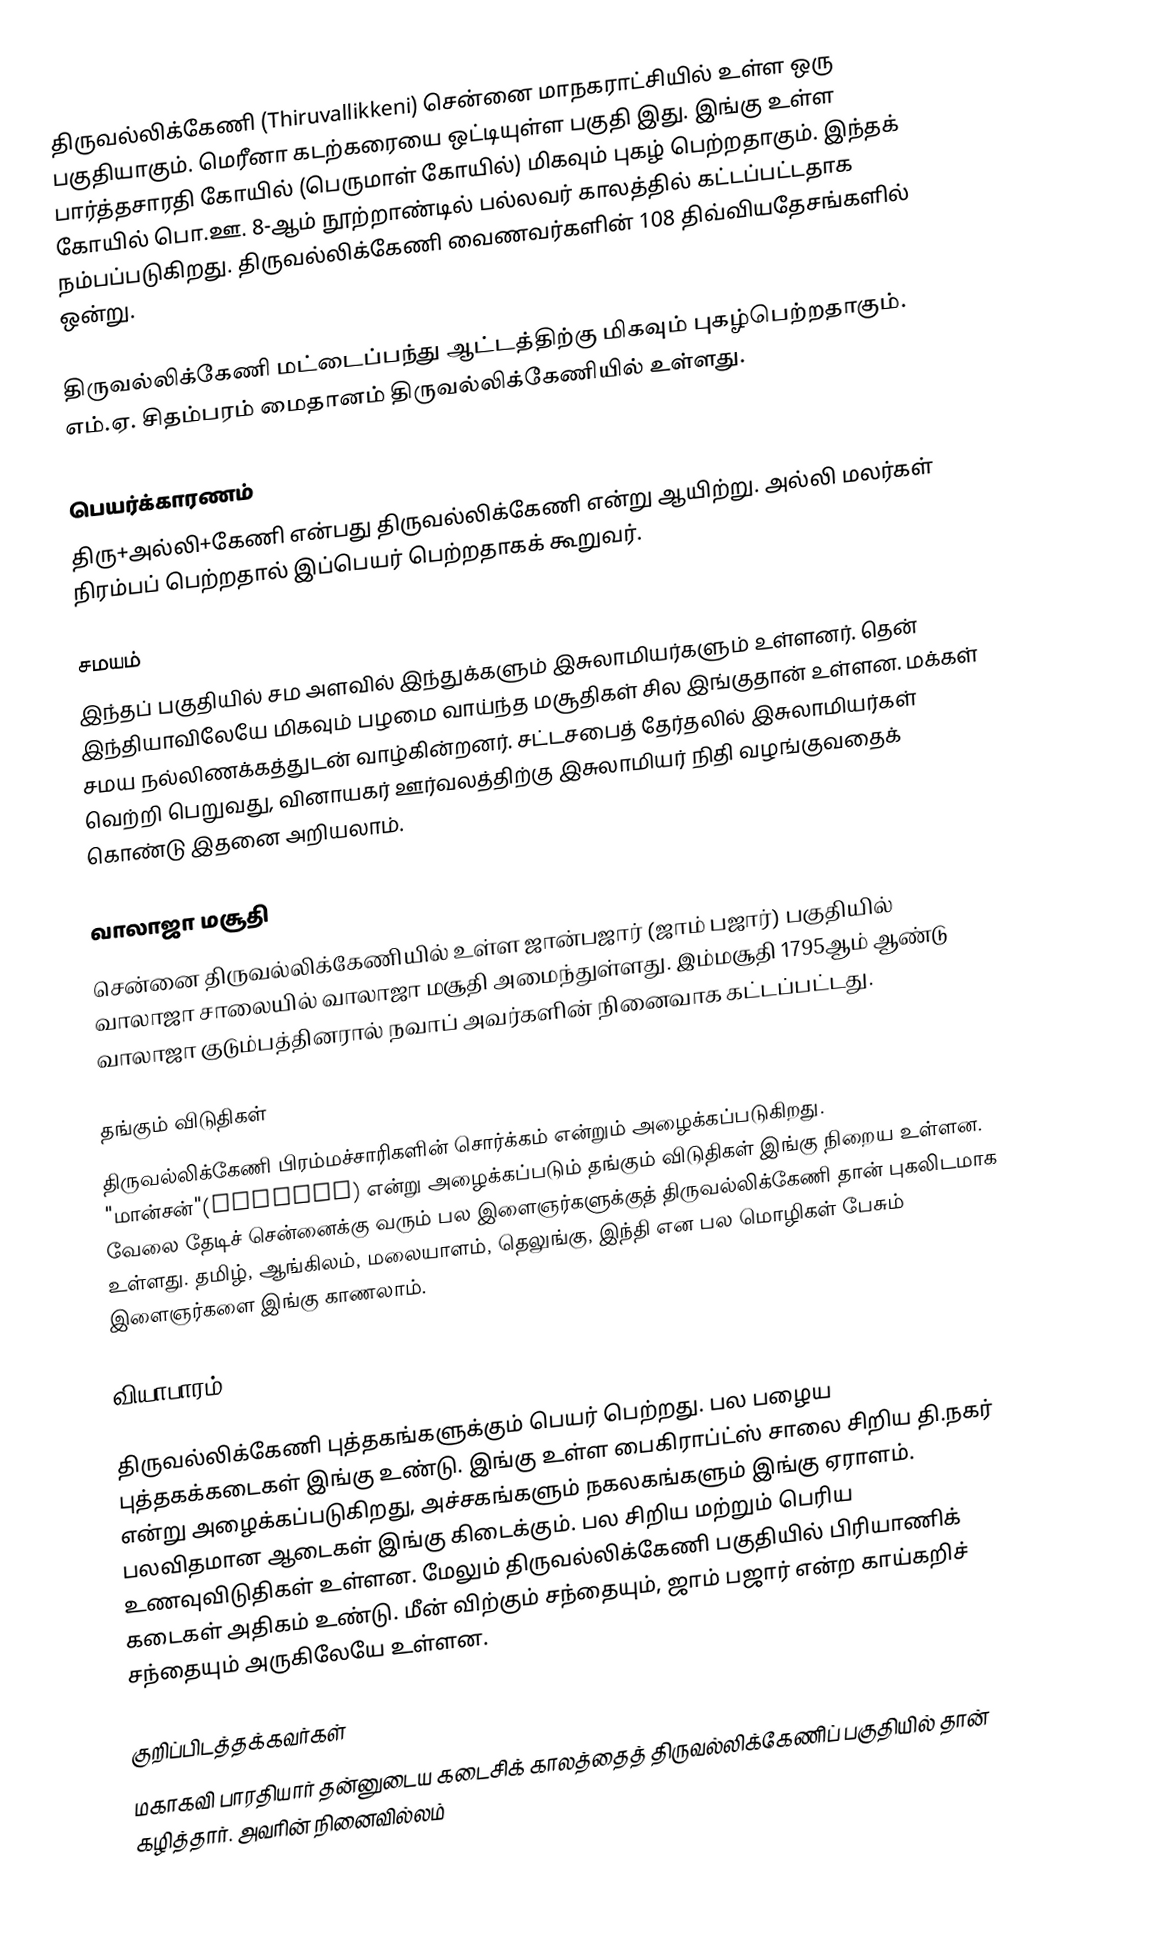
திருவல்லிக்கேணி (Thiruvallikkeni) சென்னை மாநகராட்சியில் உள்ள ஒரு பகுதியாகும். மெரீனா கடற்கரையை ஒட்டியுள்ள பகுதி இது. இங்கு உள்ள பார்த்தசாரதி கோயில் (பெருமாள் கோயில்) மிகவும் புகழ் பெற்றதாகும். இந்தக் கோயில் பொ.ஊ. 8-ஆம் நூற்றாண்டில் பல்லவர் காலத்தில் கட்டப்பட்டதாக நம்பப்படுகிறது. திருவல்லிக்கேணி வைணவர்களின் 108 திவ்வியதேசங்களில் ஒன்று.

திருவல்லிக்கேணி மட்டைப்பந்து ஆட்டத்திற்கு மிகவும் புகழ்பெற்றதாகும். எம்.ஏ. சிதம்பரம் மைதானம் திருவல்லிக்கேணியில் உள்ளது.

பெயர்க்காரணம்
திரு+அல்லி+கேணி என்பது திருவல்லிக்கேணி என்று ஆயிற்று. அல்லி மலர்கள் நிரம்பப் பெற்றதால் இப்பெயர் பெற்றதாகக் கூறுவர்.

சமயம்
இந்தப் பகுதியில் சம அளவில் இந்துக்களும் இசுலாமியர்களும் உள்ளனர். தென் இந்தியாவிலேயே மிகவும் பழமை வாய்ந்த மசூதிகள் சில இங்குதான் உள்ளன. மக்கள் சமய நல்லிணக்கத்துடன் வாழ்கின்றனர். சட்டசபைத் தேர்தலில் இசுலாமியர்கள் வெற்றி பெறுவது, வினாயகர் ஊர்வலத்திற்கு இசுலாமியர் நிதி வழங்குவதைக் கொண்டு இதனை அறியலாம்.

வாலாஜா மசூதி
சென்னை திருவல்லிக்கேணியில் உள்ள ஜான்பஜார் (ஜாம் பஜார்) பகுதியில் வாலாஜா சாலையில் வாலாஜா மசூதி அமைந்துள்ளது. இம்மசூதி 1795ஆம் ஆண்டு வாலாஜா குடும்பத்தினரால் நவாப் அவர்களின் நினைவாக கட்டப்பட்டது.

தங்கும் விடுதிகள்
திருவல்லிக்கேணி பிரம்மச்சாரிகளின் சொர்க்கம் என்றும் அழைக்கப்படுகிறது. "மான்சன்"(Mansion) என்று அழைக்கப்படும் தங்கும் விடுதிகள் இங்கு நிறைய உள்ளன. வேலை தேடிச் சென்னைக்கு வரும் பல இளைஞர்களுக்குத் திருவல்லிக்கேணி தான் புகலிடமாக உள்ளது. தமிழ், ஆங்கிலம், மலையாளம், தெலுங்கு, இந்தி என பல மொழிகள் பேசும் இளைஞர்களை இங்கு காணலாம்.

வியாபாரம்

திருவல்லிக்கேணி புத்தகங்களுக்கும் பெயர் பெற்றது. பல பழைய புத்தகக்கடைகள் இங்கு உண்டு. இங்கு உள்ள பைகிராப்ட்ஸ் சாலை சிறிய தி.நகர் என்று அழைக்கப்படுகிறது, அச்சகங்களும் நகலகங்களும் இங்கு ஏராளம். பலவிதமான ஆடைகள் இங்கு கிடைக்கும். பல சிறிய மற்றும் பெரிய உணவுவிடுதிகள் உள்ளன. மேலும் திருவல்லிக்கேணி பகுதியில் பிரியாணிக் கடைகள் அதிகம் உண்டு. மீன் விற்கும் சந்தையும், ஜாம் பஜார் என்ற காய்கறிச் சந்தையும் அருகிலேயே உள்ளன.

குறிப்பிடத்தக்கவர்கள்
மகாகவி பாரதியார் தன்னுடைய கடைசிக் காலத்தைத் திருவல்லிக்கேணிப் பகுதியில் தான் கழித்தார். அவரின் நினைவில்லம்